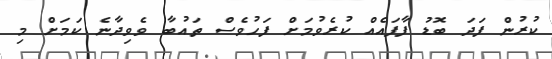
ކުރުން ފަދަ ބޮޑު ފާފައެއް ކުރެވުމަށް ފަހުވެސް ތައުބާ ވެވިދާނެ ކަމަށް މި